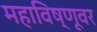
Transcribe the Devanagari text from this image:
महाविष्णूवर